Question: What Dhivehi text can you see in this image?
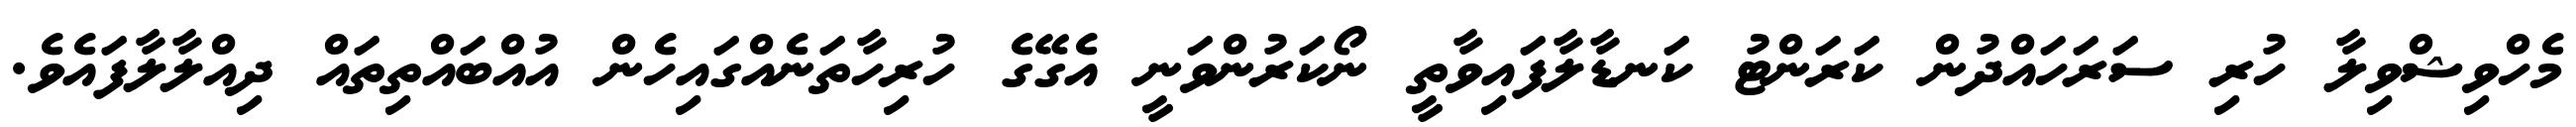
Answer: މެހްވިޝްވިލާ ހުރި ސަރަހައްދުން ކަރަންޓު ކަނޑާލާފައިވާތީ ނޯކަރުންވަނީ އެގޭގެ ހުރިހާތަނެއްގައިހެން އުއްބައްތިތައް ދިއްލާލާފައެވެ.